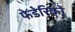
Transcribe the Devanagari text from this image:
फेडेरिको